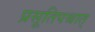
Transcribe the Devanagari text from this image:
प्रसूतिपश्चात्